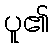
ပူ၏